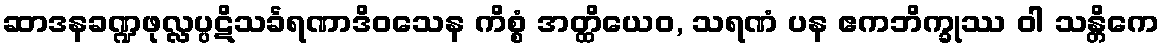
ဆာဒနခဏ္ဍဖုလ္လပ္ပဋိသင်္ခရဏာဒိဝသေန ကိစ္စံ အတ္ထိယေဝ, သရဏံ ပန ဧကဘိက္ခုဿ ဝါ သန္တိကေ